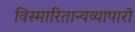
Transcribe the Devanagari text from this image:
विस्मारितान्यव्यापारो